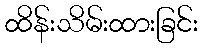
ထိန်းသိမ်းထားခြင်း